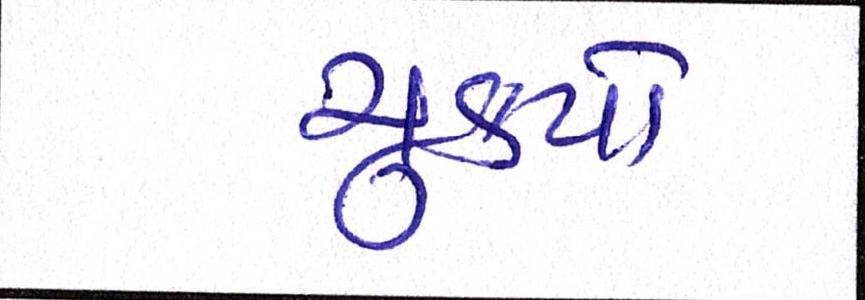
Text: ચુકયો